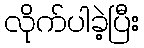
လိုက်ပါခဲ့ပြီး